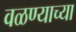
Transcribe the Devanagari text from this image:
वळण्याच्या